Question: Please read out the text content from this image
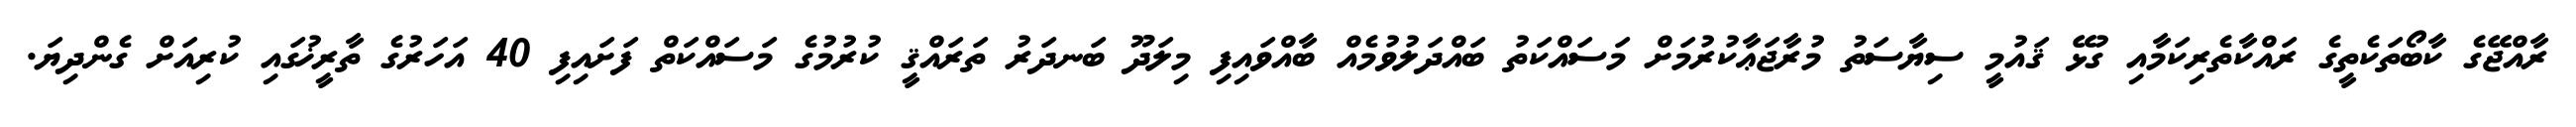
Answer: ރާއްޖޭގެ ކާބޯތަކެތީގެ ރައްކާތެރިކަމާއި ގުޅޭ ޤައުމީ ސިޔާސަތު މުރާޖަޢާކުރުމަށް މަސައްކަތު ބައްދަލުވުމެއް ބާއްވައިފި މިލަދޫ ބަނދަރު ތަރައްޤީ ކުރުމުގެ މަސައްކަތް ފަށައިފި 40 އަހަރުގެ ތާރީޚުގައި ކުރިއަށް ގެންދިޔަ.